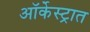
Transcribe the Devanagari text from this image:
ऑर्केस्ट्रात